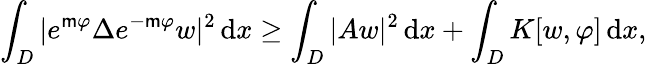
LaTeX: \int_{{D}}|e^{\mathsf{m}\varphi}\Delta e^{-\mathsf{m}\varphi}w|^{2}\, \mathrm{d}x\geq\int_{{D}}|Aw|^{2}\, \mathrm{d}x+\int_{{D}}K[w,\varphi]\, \mathrm{d}x,